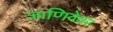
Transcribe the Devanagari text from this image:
जाणिवेवर